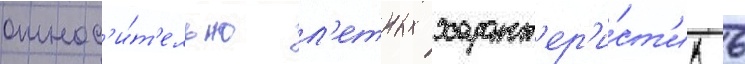
относ'и́т'ельно л'етных характ'ер'и́ст'ик 6